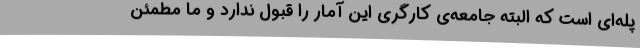
پله‌ای است که البته جامعه‌ی کارگری این آمار را قبول ندارد و ما مطمئن